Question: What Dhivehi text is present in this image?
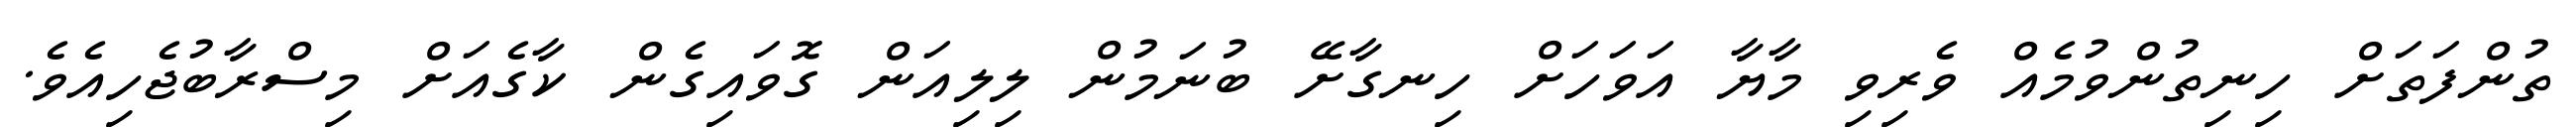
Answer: ތުންފަތަށް ހިނިތުންވުމެއް ވެރިވި މާޔާ އަވަހަށް ހިނގާށޭ ބުނަމުން ލިލިއަން ގޮވައިގެން ކާގެއަށް މިސްރާބުޖެހިއެވެ.